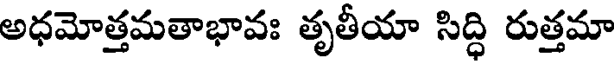
అధమోత్తమతాభావః తృతీయా సిద్ధి రుత్తమా